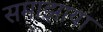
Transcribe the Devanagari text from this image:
समाझाया